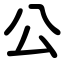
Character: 公